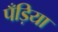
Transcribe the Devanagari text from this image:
पँड़िया